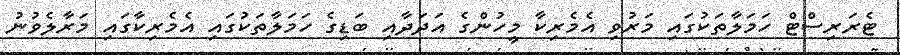
ޓެރަރިސްޓް ހަމަލާތަކުގައި މަރުވި އެމެރިކާ މީހުންގެ އަދަދާއި ބަޑިގެ ހަމަލާތަކުގައި އެމެރިކާގައި މަރާލެވުނު